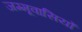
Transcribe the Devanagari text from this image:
जम्मूवासियों